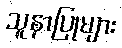
သူနာပြုများ